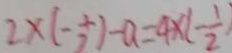
2 \times ( - \frac { 1 } { 2 } ) - a = 4 \times ( - \frac { 1 } { 2 } )